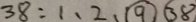
3 8 : 1 、 2 、 \textcircled { 9 } 、 \textcircled { 3 8 }